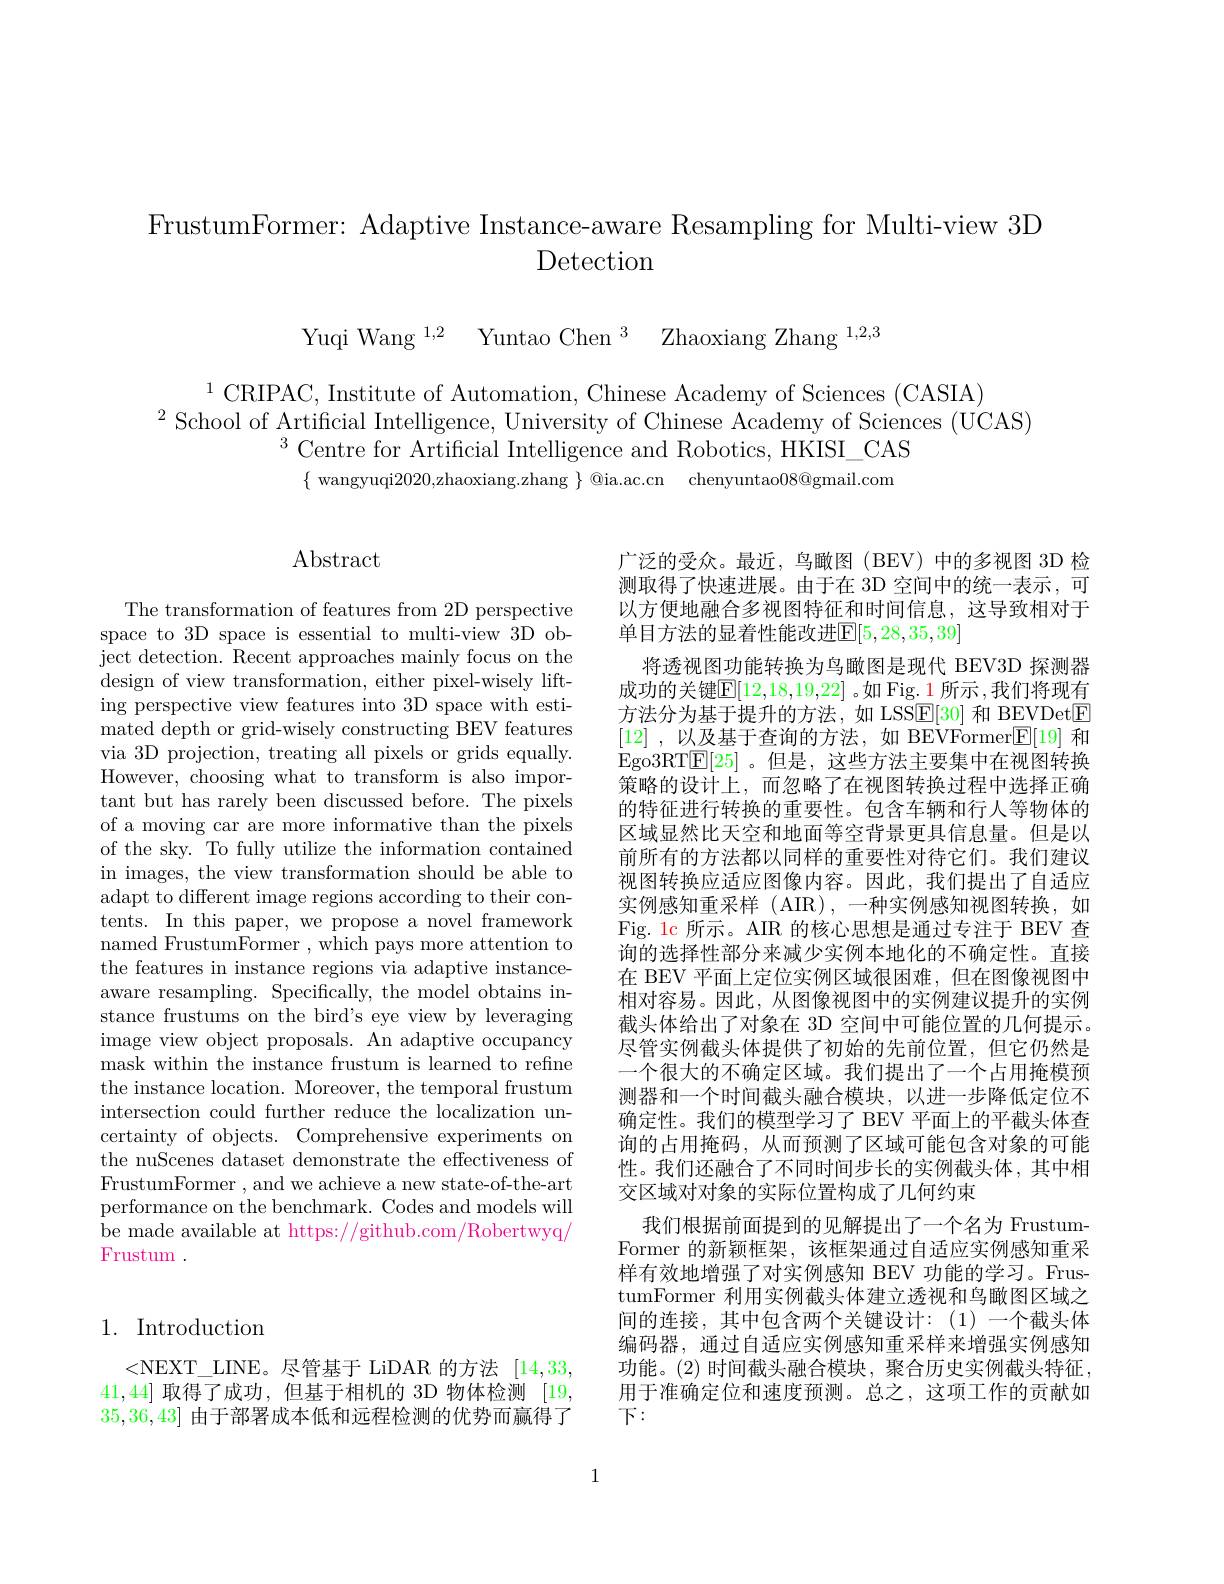
FrustumFormer: Adaptive Instance-aware Resampling for Multi-view 3D
Detection

Yuqi Wang $^{1, 2}$ Yuntao Chen$^3$ Zhaoxiang Zhang$^{1,2,3}$

$^{1}$CRIPAC, Institute of Automation, Chinese Academy of Sciences (CASIA)
$^{2}$School of Artificial Intelligence, University of Chinese Academy of Sciences (UCAS)
$^{3}$Centre for Artificial Intelligence and Robotics, HKISI\_CAS
$\{$ wangyuqi2020,zhaoxiang.zhang $\}$ @ia.ac.cn chenyuntao$08@$gmail.com

## $\operatorname{Abstract}$

The transformation of features from 2D perspective space to 3D space is essential to multi-view 3D object detection. Recent approaches mainly focus on the design of view transformation, either pixel-wisely lifting perspective view features into 3D space with estimated depth or grid-wisely constructing BEV features via 3D projection, treating all pixels or grids equally. However, choosing what to transform is also important but has rarely been discussed before. The pixels of a moving car are more informative than the pixels of the sky. To fully utilize the information contained in images, the view transformation should be able to adapt to different image regions according to their contents. In this paper, we propose a novel framework named FrustumFormer , which pays more attention to the features in instance regions via adaptive instanceaware resampling. Specifically, the model obtains instance frustums on the bird's eye view by leveraging image view object proposals. An adaptive occupancy mask within the instance frustum is learned to refine the instance location. Moreover, the temporal frustum intersection could further reduce the localization uncertainty of objects. Comprehensive experiments on the nuScenes dataset demonstrate the effectiveness of FrustumFormer , and we achieve a new state-of-the-art performance on the benchmark. Codes and models will be made available at https://github.com/Robertwyq/ Frustum .

广泛的受众。最近，鸟瞰图(BEV)中的多视图 3D 检测取得了快速进展。由于在 3D 空间中的统一表示，可以方便地融合多视图特征和时间信息，这导致相对于单目方法的显着性能改进$\mathbb{E}[5,28,35,39]$
将透视图功能转换为鸟瞰图是现代 BEV3D 探测器成功的关键$\mathbb{E}[12,18,19,22]$ 。如 Fig. 1 所示 ,我们将现有方法分为基于提升的方法，如 LSSE[30] 和 BEVDetE [12] ,以及基于查询的方法，如 BEVFormer$\mathbb{E}[19]$和Ego3RT[25] 。但是，这些方法主要集中在视图转换策略的设计上，而忽略了在视图转换过程中选择正确的特征进行转换的重要性。包含车辆和行人等物体的区域显然比天空和地面等空背景更具信息量。但是以前所有的方法都以同样的重要性对待它们。我们建议视图转换应适应图像内容。因此，我们提出了自适应实例感知重采样(AIR),一种实例感知视图转换，如Fig. 1c 所示。AIR 的核心思想是通过专注于 BEV 查询的选择性部分来减少实例本地化的不确定性。直接在 BEV 平面上定位实例区域很困难，但在图像视图中相对容易。因此，从图像视图中的实例建议提升的实例截头体给出了对象在 3D 空间中可能位置的几何提示。尽管实例截头体提供了初始的先前位置，但它仍然是一个很大的不确定区域。我们提出了一个占用掩模预测器和一个时间截头融合模块，以进一步降低定位不确定性。我们的模型学习了 BEV 平面上的平截头体查询的占用掩码，从而预测了区域可能包含对象的可能性。我们还融合了不同时间步长的实例截头体，其中相交区域对对象的实际位置构成了几何约束
我们根据前面提到的见解提出了一个名为 FrustumFormer 的新颖框架，该框架通过自适应实例感知重采样有效地增强了对实例感知 BEV 功能的学习。FrustumFormer 利用实例截头体建立透视和鸟瞰图区域之间的连接，其中包含两个关键设计：(1)一个截头体编码器，通过自适应实例感知重采样来增强实例感知功能。(2) 时间截头融合模块，聚合历史实例截头特征， 用于准确定位和速度预测。总之，这项工作的贡献如下：

## 1. Introduction

<NEXT\_LINE。尽管基于 LiDAR 的方法 [14,33, 41,44]取得了成功，但基于相机的 3D 物体检测[19, 35,36,43]由于部署成本低和远程检测的优势而赢得了

1